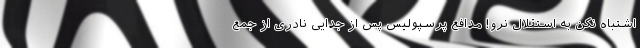
اشتباه نکن به استقلال نرو! مدافع پرسپولیس پس از جدایی نادری از جمع